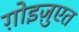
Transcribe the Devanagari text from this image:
ग़ोइज़ुएत